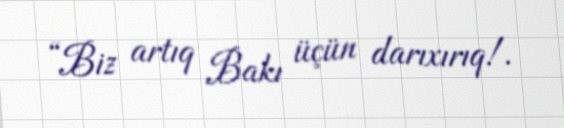
“Biz artıq Bakı üçün darıxırıq!.